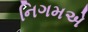
નિગમએ